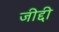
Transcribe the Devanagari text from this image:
जीद्दी